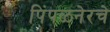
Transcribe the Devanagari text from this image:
पिंपळनेरचे